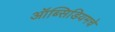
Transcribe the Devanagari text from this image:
ऑब्सिडियमचे